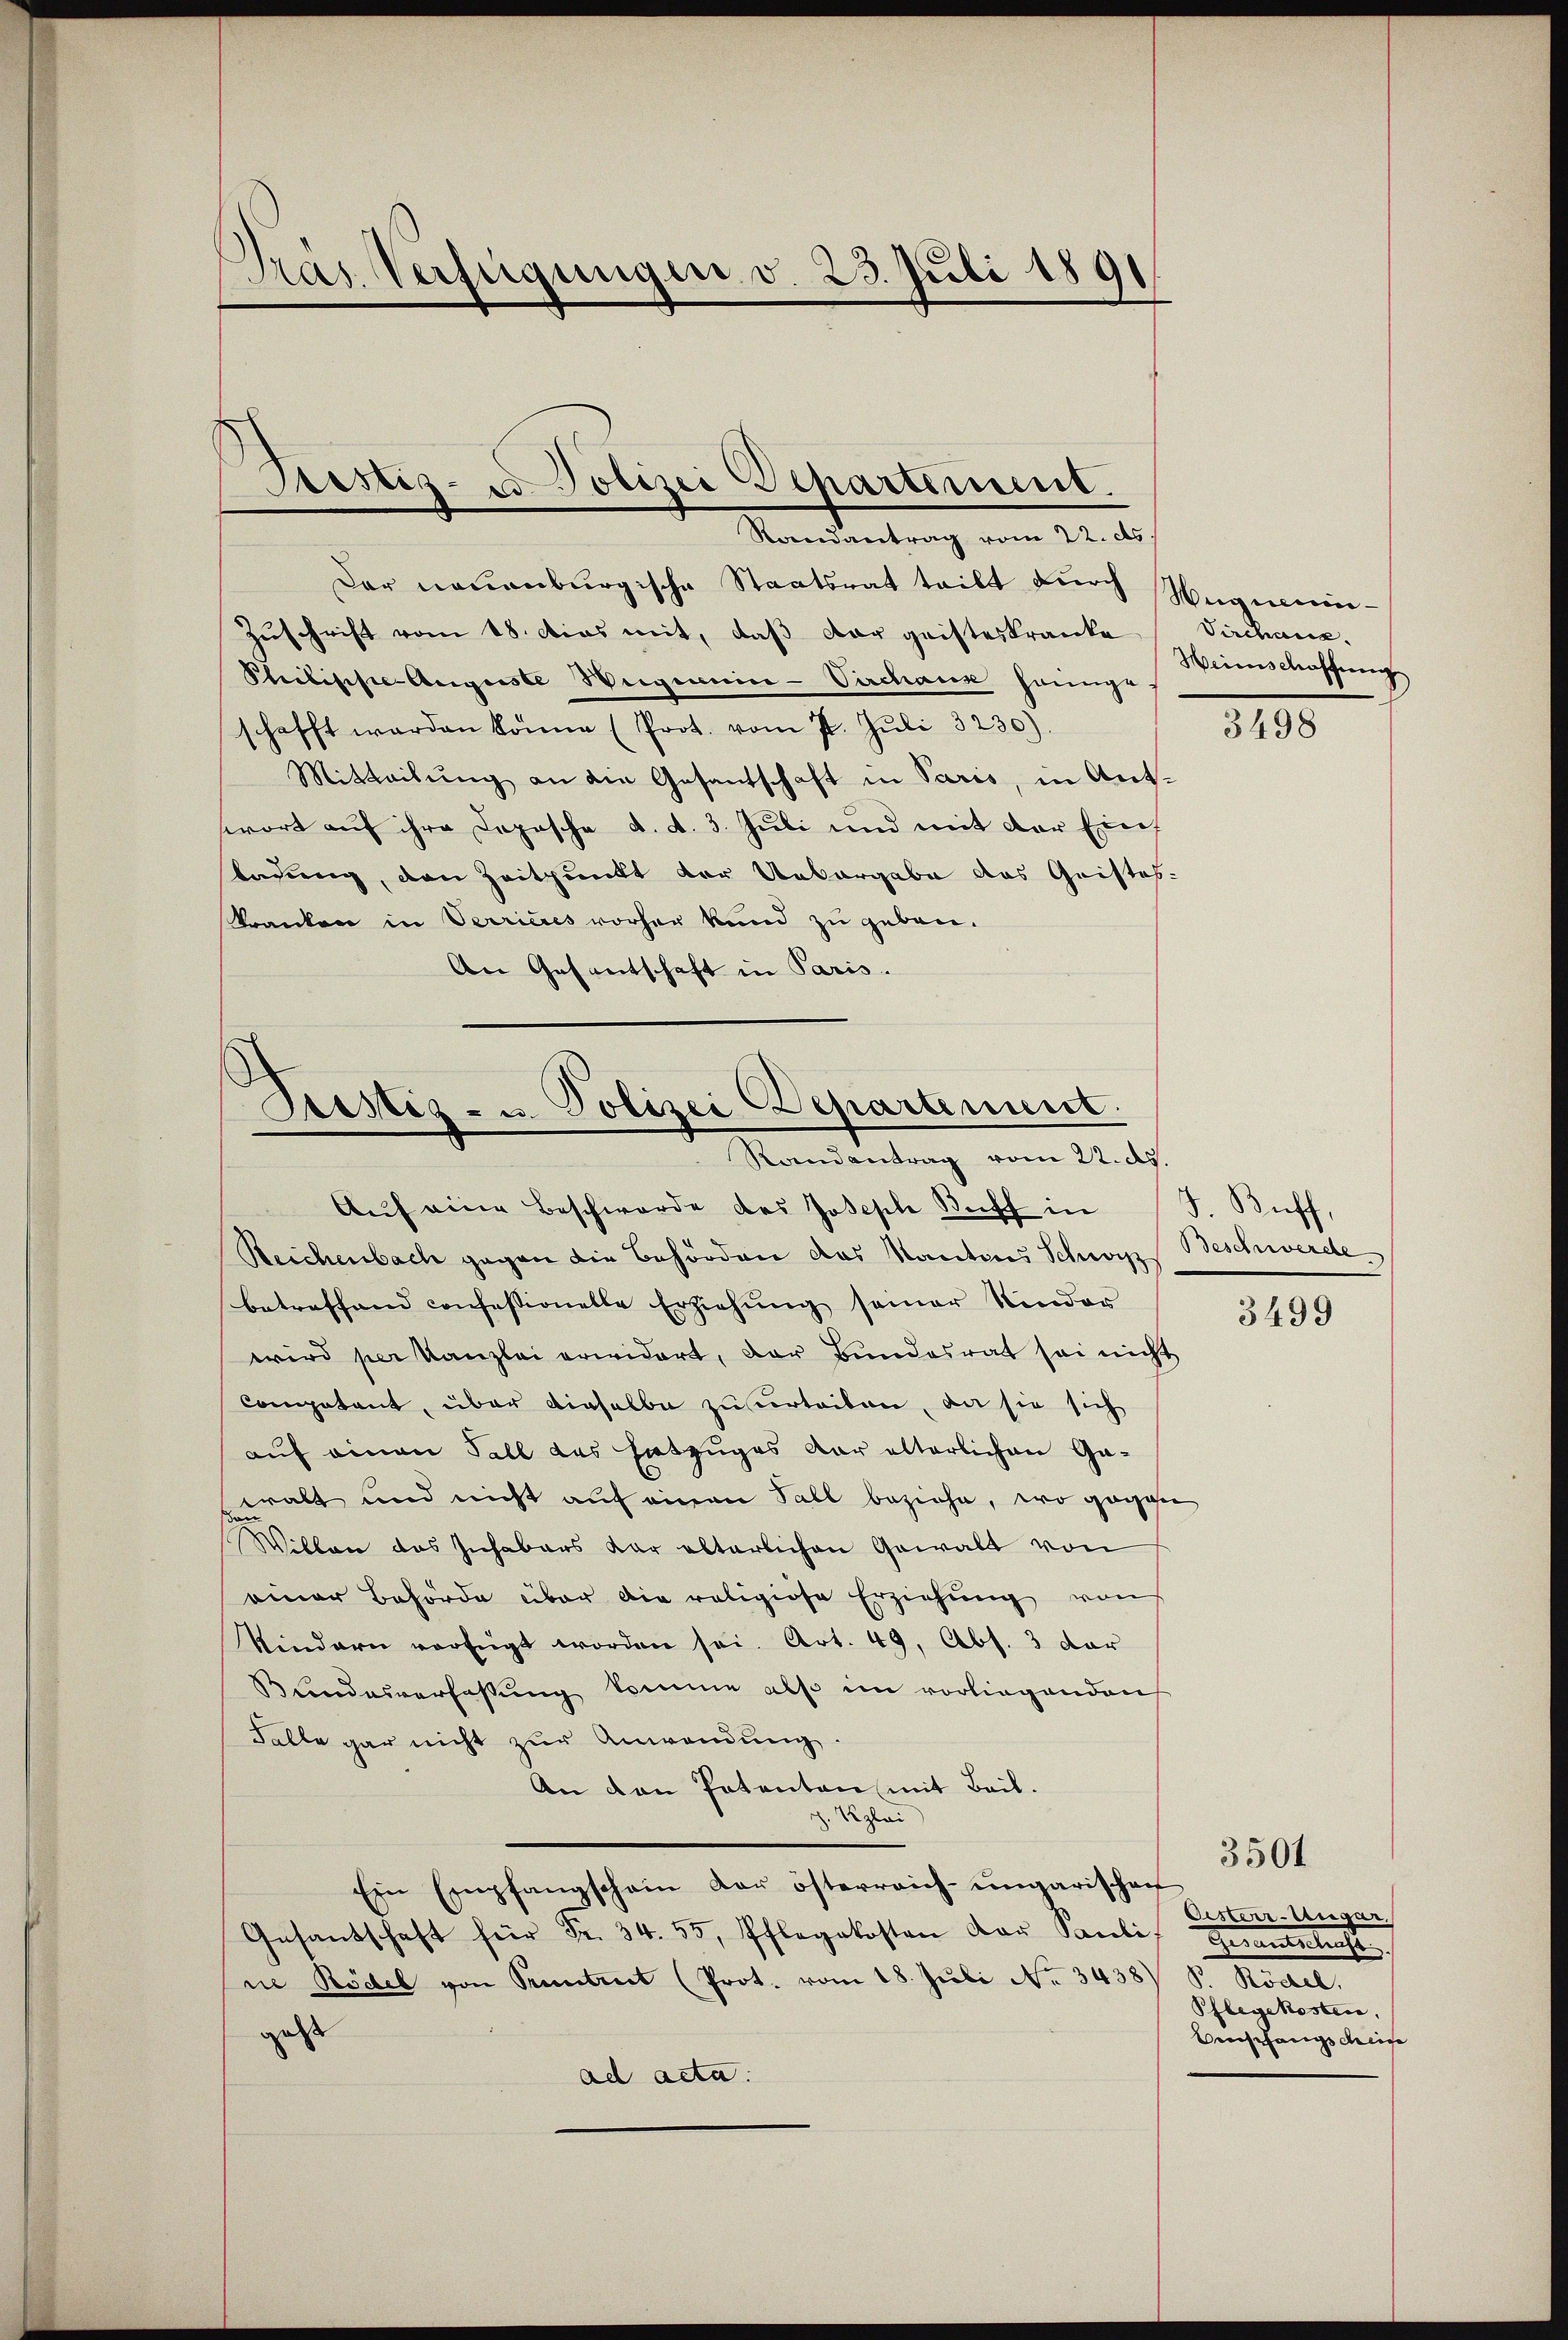
Dras Verfügungen v. 23. Juli 1891

Sistiz- u. Polizei Departement.
Randantrag vom 22. ds.

Der neuenburgische Staatsrat teilt durch Magnerie-
Zuschrift vom 18. dies mit, daß der geisteskranke
Philippe Auguste Weigenie-Verchaus seinige
schafft werden könne (Prot. vom 7. Jŭli 3230).
Mitteilŭng an die Gesantschaft in Paris, in Ant-
wort auf ihre Depesche d. d. 3. Juli und mit der Eintagung, den Zeitpunkt der Uebergabe das Quistos-
Kranken in Verrieres vorher kund zu geben.
An Gesantschaft in Paris.

Sistig- u. Polizei Departement.
Randantrag vom 22. d.

Aŭf eine Beschwerde des Joseph Beff in J. Riff,
Reichenbach gegen die Behörden das Kantons Schwyz Beschwerde
betreffend confessionelle Erziehung seiner Kinder
wird per Kanzlei erwidert, der Bundesrat sei nicht
competent, über dieselbe zu urteiten, da sie sich
auf einen Fall das Entzuges dar alterlichen Gawalt und nicht auf einen Fall beziehe, wo gegen
Willen das Inhabers dar alterlichen Gewalt von
einer Behörde über die religiöse Erziehung von
Kindern verfügt worden sei. Art. 49, Abs. 3 dar
Bundesverfassung komme also im vorliegenden
Falle gar nicht zŭr Anwendŭng.
An den Patenten mit Beil.
g. Klei
Ein Empfangschein der österreich-ungarischen
Gesandschaft für Fr. 34. 55, Pflegekosten der Pauli, Gesantschaft.
ne Rödel von Pruntrut (Prot. vom 18. Juli No 3438) S. Rödel.
gest
ad acta.

Viechen.
Heimschaffung

3195

3499

Oesterr-Ungar.
Pflegekosten,
Beispfangscheine

3501